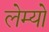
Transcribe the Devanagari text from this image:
लेम्यो